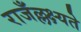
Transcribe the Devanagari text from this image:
राजँल्लक्ष्यते